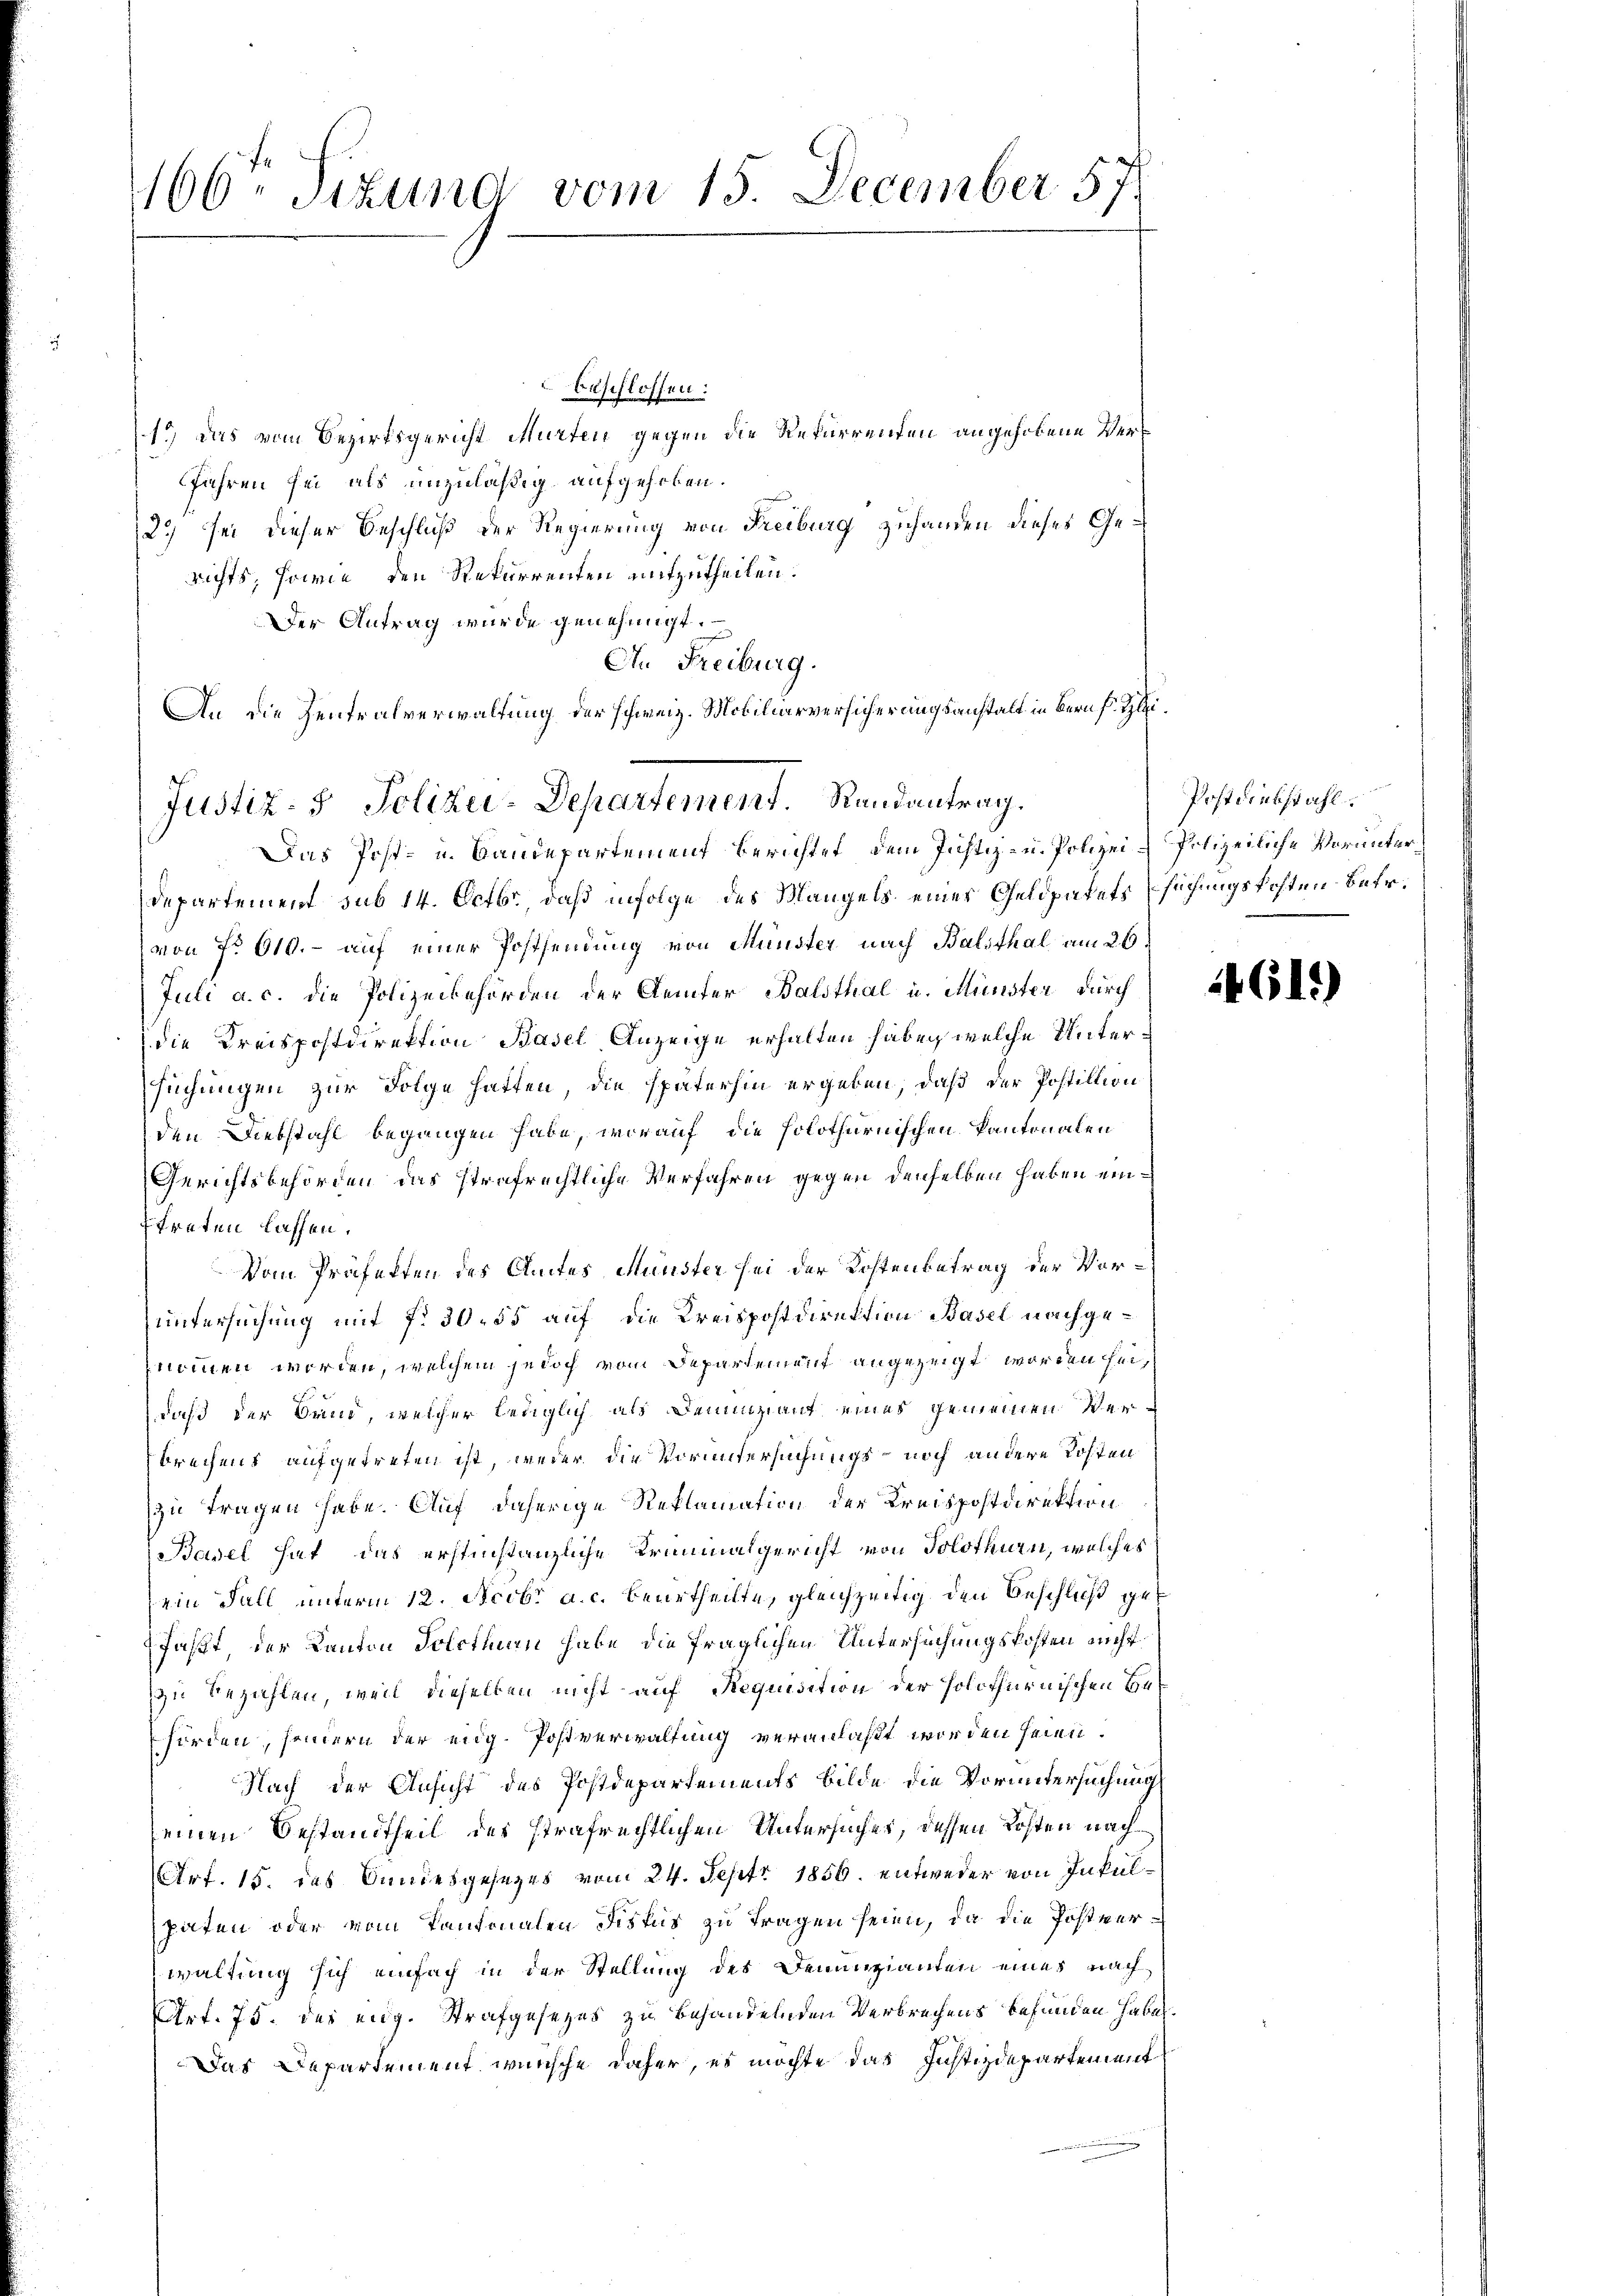
166. Sitzung vom 15. December 57.

beschlossen:
1.) Das vom Bezirksgericht Murten gegen die Rekurrenten angehobene Verfahren sei als unzuläßig aufgehoben.
2.) Sei dieser Beschluß der Regierung von Freiburg zuhanden dieses Gerichts, sowie den Rekurrenten mitzutheilen.
Der Antrag wurde genehmigt.
An Freiburg.
An die Zentralverwaltung der schweiz. Mobiliarversicherungsanstalt in Bern fr.
Das Post- u. Baudepartement berichtet, dem Justiz- u. Polizei-Polizeiliche Vorunter¬
Departement sub 14. Octbr., daß infolge des Mangels einer Geldpatets suchungskosten Betr.
von No 610. - auf einer Postsendung von Münster nach Balsthal am 26.
Juni a. c. die Polizeibehörden der Aemter Balsthal u. Münster durch
die Kreispostdirektion Basel Anzeige erhalten haben, welche Untersuchungen zur Folge hatten, die späterhin ergeben, daß der Postition
den Diebstahl begangen habe, worauf die holothurnischen Kantonalen
Gerichtsbehörden das strafrechtliche Verfahren gegen denselben haben eintreten lassen.
Vom Präfekten des Amtes Münster sei der Kostenbetrag der Voruntersuchung mit f. 30. 55 auf die Kreispostdirektion Basel nachgenommen worden, welchem jedoch vom Departement angezeigt worden sei,
daß der Band, welcher lediglich als Denunziant eines gemeinen Verbrechens aufgetreten ist, weder die Voruntersuchungs- noch andere Kosten
zu tragen habe. Auf daherige Reklamation der Kreispostdirektion
Basel hat das erstinstanzliche Kriminalgericht von Solothurn, welches
ein Fall unterm 12. Ncobr a. c. beurtheilte, gleichzeitig den Beschluß gefasst, der Kanton Solothurn habe die fraglichen Untersuchungskosten nicht
zu Bezahlen, weil dieselben nicht auf Requisition der holothurnischen Hehörden, senern der eidg. Postverwaltung veranlaßt worden seien.
Nach der Ansicht des Postdepartements bilde die Voruntersuchung
seinen Bestandtheil des strafrechtlichen Untersuches, dessen Kosten nach¬
Art. 15. das Sandesgesezes vom 24. Sept. 1856. entweder von Inkulpaten oder vom Pantonalen Fiskus zu tragen seien, da die Posteerwaltung sich einfach in der Stellung des Denunzianten eines nach
Art. 75. des eidg. Strafgesetzes zu behandelnden Verbrechens befunden haben.
Das Departement wünsche daher, es möchte das Justizdepartement

Justiz- & Polizei-Departement. Randantrag.

Postdiebstahl

4611)